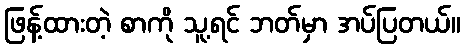
ဖြန့်ထားတဲ့ စာကို သူ့ရင် ဘတ်မှာ အပ်ပြတယ်။